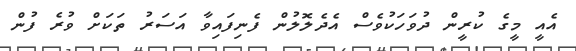
އެއީ މީގެ ކުރީން ދުވަހަކުވެސް އެދެލޮލުން ފެނިފައިވާ އަސަރު ތަކަށް ވުރެ ފުން